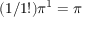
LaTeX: ( 1 / 1 ! ) \pi ^ { 1 } = \pi